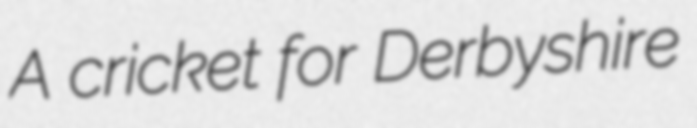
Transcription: A cricket for Derbyshire